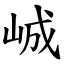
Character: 峸